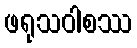
ဖရုသဝါစဿ